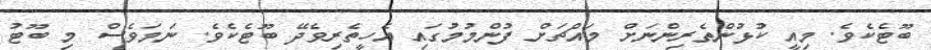
ބޫޓެކެވެ. މިއީ ކުޅުންތެރިންނަށް މައްޗަށް ފުންމުމުގައި އެހީތެރިވެދޭ ބޫޓެކެވެ. ނަމަވެސް މި ބޫޓު